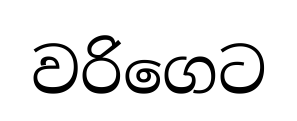
වරිගෙට